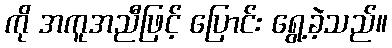
ကို အကူအညီဖြင့် ပြောင်း ရွေ့ခဲ့သည်။